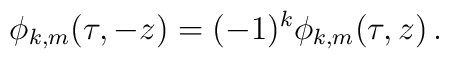
\phi_{k,m}(\tau,-z)=(-1)^k\phi_{k,m}(\tau,z)\,.